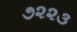
૭૨૨૩